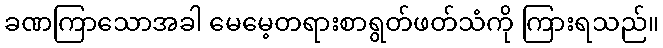
ခဏကြာသောအခါ မေမေ့တရားစာရွတ်ဖတ်သံကို ကြားရသည်။